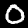
Label: 0